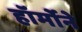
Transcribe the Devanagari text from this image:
हॉर्मोने